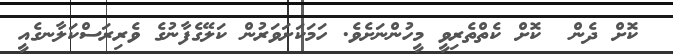
ކޮށް ދެން  ކޮށް ކެތްތެރިވީ މީހުންނަށެވެ. ހަމަކަށަވަރުން ކަލޭގެފާނުގެ ވެރިރަސްކަލާނގެއީ